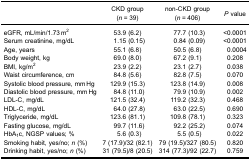
<table><thead><tr><td><b> </b></td><td><b>CKD group(<i>n</i> = 39)</b></td><td><b>non-CKD group(<i>n</i> = 406)</b></td><td><b><i>P</i> value</b></td></tr></thead><tbody><tr><td>eGFR, mL/min/1.73 m<sup>2</sup></td><td>53.9 (6.2)</td><td>77.7 (10.3)</td><td>&lt;0.0001</td></tr><tr><td>Serum creatinine, mg/dL</td><td>1.15 (0.15)</td><td>0.84 (0.09)</td><td>&lt;0.0001</td></tr><tr><td>Age, years</td><td>55.1 (6.8)</td><td>50.5 (6.8)</td><td>0.0004</td></tr><tr><td>Body weight, kg</td><td>69.0 (8.0)</td><td>67.2 (9.1)</td><td>0.208</td></tr><tr><td>BMI, kg/m<sup>2</sup></td><td>23.9 (2.2)</td><td>23.1 (2.7)</td><td>0.038</td></tr><tr><td>Waist circumference, cm</td><td>84.8 (5.6)</td><td>82.8 (7.5)</td><td>0.070</td></tr><tr><td>Systolic blood pressure, mm Hg</td><td>129.9 (15.3)</td><td>123.8 (14.9)</td><td>0.008</td></tr><tr><td>Diastolic blood pressure, mm Hg</td><td>84.8 (11.0)</td><td>79.9 (10.9)</td><td>0.002</td></tr><tr><td>LDL-C, mg/dL</td><td>121.5 (32.4)</td><td>119.2 (32.3)</td><td>0.468</td></tr><tr><td>HDL-C, mg/dL</td><td>64.0 (27.8)</td><td>63.0 (22.5)</td><td>0.690</td></tr><tr><td>Triglyceride, mg/dL</td><td>123.6 (81.1)</td><td>109.8 (78.1)</td><td>0.323</td></tr><tr><td>Fasting glucose, mg/dL</td><td>99.7 (11.6)</td><td>92.2 (25.2)</td><td>0.074</td></tr><tr><td>HbA<sub>1</sub>c, NGSP values; %</td><td>5.6 (0.3)</td><td>5.5 (0.5)</td><td>0.022</td></tr><tr><td>Smoking habit, yes/no; <i>n</i> (%)</td><td>7 (17.9)/32 (82.1)</td><td>79 (19.5)/327 (80.5)</td><td>0.820</td></tr><tr><td>Drinking habit, yes/no; <i>n</i> (%)</td><td>31 (79.5)/8 (20.5)</td><td>314 (77.3)/92 (22.7)</td><td>0.759</td></tr></tbody></table>